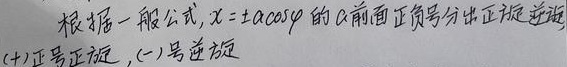
根据一般公式，\(x = \pm a\cos\varphi\) 的\(a\)前面正负号分出正旋 逆旋：(+)正号正旋，(－)号逆旋